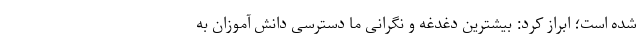
شده است؛ ابراز کرد: بیشترین دغدغه و نگرانی ما دسترسی دانش آموزان به